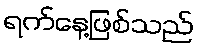
ရက်နေ့ဖြစ်သည်